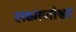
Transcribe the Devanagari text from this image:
लक्ष्मणोश्वर